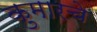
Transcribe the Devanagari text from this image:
कुमारचे